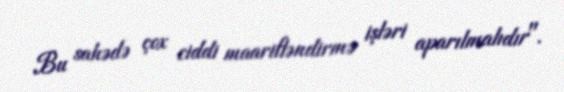
Bu sahədə çox ciddi maarifləndirmə işləri aparılmalıdır".